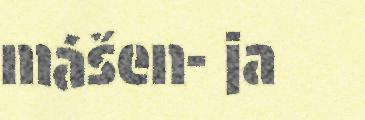
mášen- ja